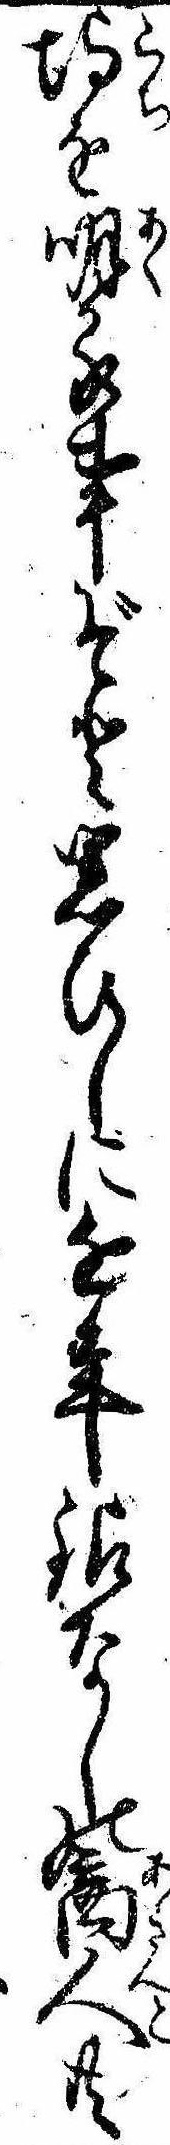
埒を明る事ぞと思ひしに近年銀なしの商人共